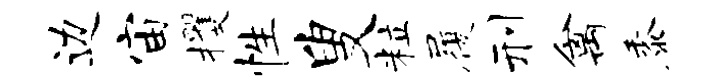
边宙攫性叟粒履刑禽黍